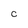
Character: c